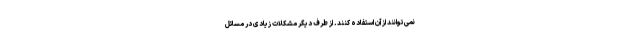
نمی‌توانند از آن استفاده کنند. از طرف دیگر مشکلات زیادی در مسائل